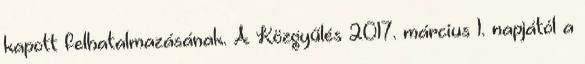
kapott felhatalmazásának. A Közgyűlés 2017. március 1. napjától a